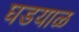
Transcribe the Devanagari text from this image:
घडयाळ